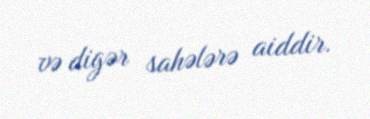
və digər sahələrə aiddir.